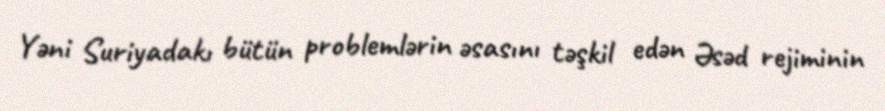
Yəni Suriyadakı bütün problemlərin əsasını təşkil edən Əsəd rejiminin